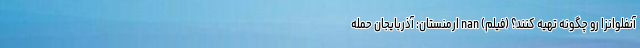
آنفلوانزا رو چگونه تهیه کنند؟ (فیلم) nan ارمنستان: آذربایجان حمله